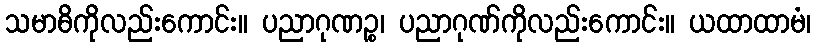
သမာဓိကိုလည်းကောင်း။ ပညာဂုဏဉ္စ၊ ပညာဂုဏ်ကိုလည်းကောင်း။ ယထာထာမံ၊